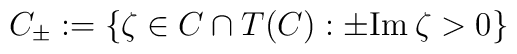
C_{\pm}:=\{\zeta \in C\cap T(C): \pm {\rm Im} \:\zeta >0\}